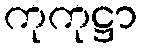
ကုကုဋ္ဌာ